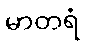
မာတရံ